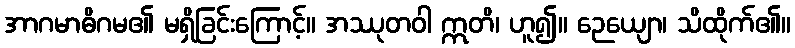
အာဂမာဓိဂမ၏ မရှိခြင်းကြောင့်။ အဿုတဝါ ဣတိ၊ ဟူ၍။ ဉေယျော၊ သိထိုက်၏။